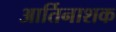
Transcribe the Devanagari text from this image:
आर्तिनाशक